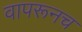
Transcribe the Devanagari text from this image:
वापरूनच